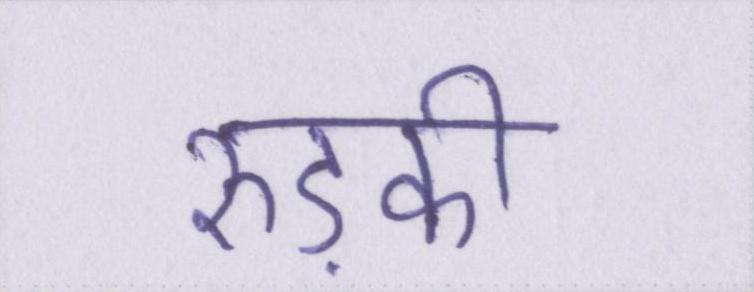
रुड़की